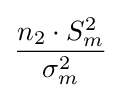
{\frac {n_{2}\cdot S_{m}^{2}}{\sigma _{m}^{2}}}